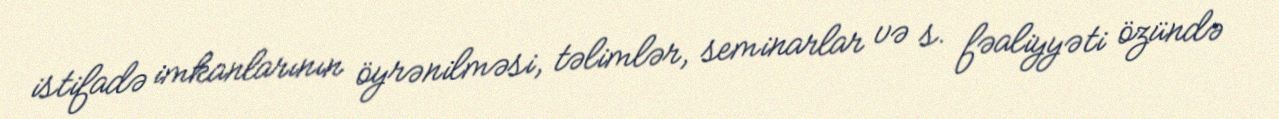
istifadə imkanlarının öyrənilməsi, təlimlər, seminarlar və s. fəaliyyəti özündə